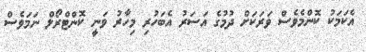
އެކަމަކު ކޮންމެވެސް ވަރަކަށް ދުމުގެ އަސަރު އެބަހުރި މިހާރު ވަނީ ކޮންޓްރޯލް ނަމަވެސް